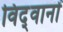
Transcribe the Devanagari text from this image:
विद्‍वानों